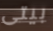
بيتى